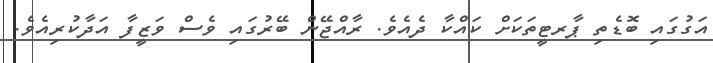
އަގުގައި ބޮޑެތި ޕާރޓީތަކަށް ކައްކާ ދެއެވެ. ރާއްޖޭން ބޭރުގައި ވެސް ވަޒީފާ އަދާކުރިއެވެ.